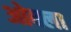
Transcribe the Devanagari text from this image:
ओक्ला